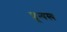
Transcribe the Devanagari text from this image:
शून्यस्य